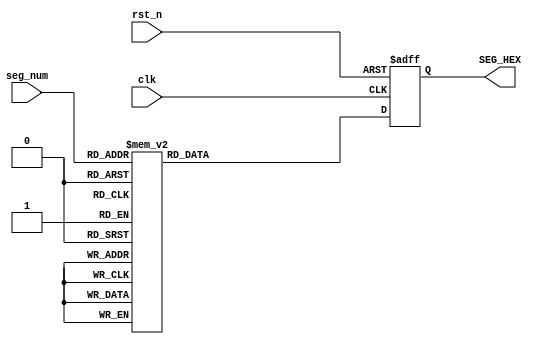

module Segled_Module
(	
	
	input				clk,
	input				rst_n,
	
	input		[ 3:0]	seg_num,
	output	reg	[ 6:0]	SEG_HEX
);

//
always @ (posedge clk,negedge rst_n)
begin
	if( !rst_n )
		SEG_HEX	<=	7'b0111111;
	else 
		begin
			case(seg_num)
				0  : SEG_HEX[6:0] = 7'b1000000		;   		// "0"
				1  : SEG_HEX[6:0] = 7'b1111001		;  		// "1"
				2  : SEG_HEX[6:0] = 7'b0100100		;   		// "2"
				3  : SEG_HEX[6:0] = 7'b0110000		;   		// "3"
				4  : SEG_HEX[6:0] = 7'b0011001		;  		// "4"
				5  : SEG_HEX[6:0] = 7'b0010010		;   		// "5"
				6  : SEG_HEX[6:0] = 7'b0000010		;   		// "6"
				7  : SEG_HEX[6:0] = 7'b1111000		;   		// "7"
				8  : SEG_HEX[6:0] = 7'b0000000		;   		// "8"
				9  : SEG_HEX[6:0] = 7'b0010000		;  		// "9"
				10 : SEG_HEX[6:0] = 7'b0001000		;   		// "A"
				11 : SEG_HEX[6:0] = 7'b0000011		;   		// "B"
				12 : SEG_HEX[6:0] = 7'b0100111		;   		// "C"
				13 : SEG_HEX[6:0] = 7'b0100001		;   		// "D"
				14 : SEG_HEX[6:0] = 7'b0000110		;   		// "E"
				15 : SEG_HEX[6:0] = 7'b0001110		;   		// "F"
				default :SEG_HEX[6:0] = 7'b0111111;	// "0"
			endcase
		end
end

endmodule